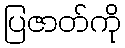
ပြဇာတ်ကို